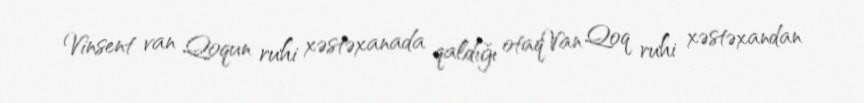
Vinsent van Qoqun ruhi xəstəxanada qaldığı otaqVan Qoq ruhi xəstəxandan